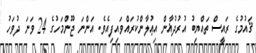
ޤައުމުގެ ރައީސް ތައްޔިބު އުރުދުޣާން އިޢުލާންކުރައްވައިފިއެވެ. އަންނަ ޖޫންމަހުގެ 24 ވަނަ ދުވަހު